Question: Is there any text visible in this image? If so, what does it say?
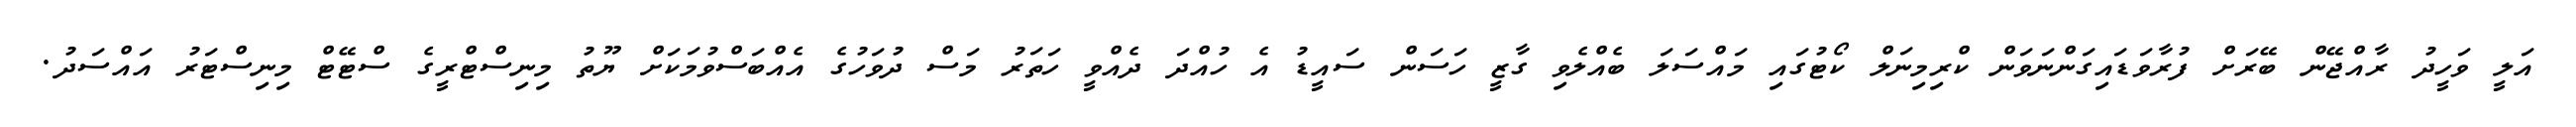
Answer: އަލީ ވަހީދު ރާއްޖޭން ބޭރަށް ފުރާވަޑައިގަންނަވަން ކްރިމިނަލް ކޯޓުގައި މައްސަލަ ބެއްލެވި ގާޒީ ހަސަން ސައީޑު އެ ހުއްދަ ދެއްވީ ހަތަރު މަސް ދުވަހުގެ އެއްބަސްވުމަކަށް ޔޫތު މިނިސްޓްރީގެ ސްޓޭޓް މިނިސްޓަރު އައްސަދު.